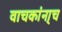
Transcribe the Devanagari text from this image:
वाचकांना्च